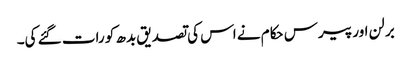
برلن اور پیرس حکام نے اس کی تصدیق بدھ کو رات گئے کی۔